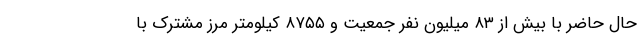
حال حاضر با بیش از ۸۳ میلیون نفر جمعیت و ۸۷۵۵ کیلومتر مرز مشترک با